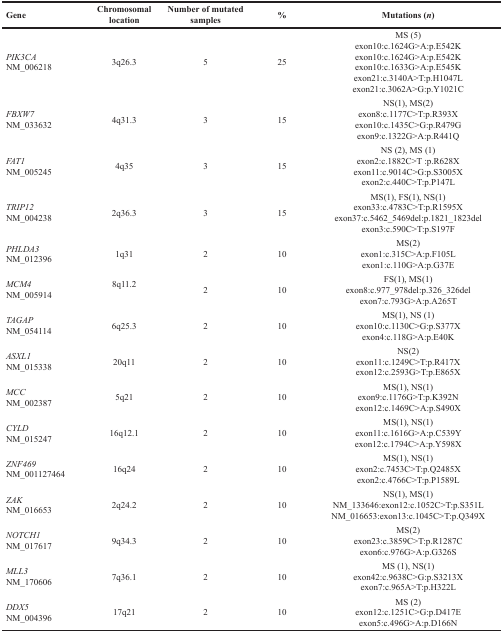
<table><thead><tr><td><b>Gene</b></td><td><b>Chromosomal location</b></td><td><b>Number of mutated samples</b></td><td><b>%</b></td><td><b>Mutations (<i>n</i>)</b></td></tr></thead><tbody><tr><td><i>PIK3CA</i>NM_006218</td><td>3q26.3</td><td>5</td><td>25</td><td>MS (5)exon10:c.1624G&gt;A:p.E542Kexon10:c.1624G&gt;A:p.E542Kexon10:c.1633G&gt;A:p.E545Kexon21:c.3140A&gt;T:p.H1047Lexon21:c.3062A&gt;G:p.Y1021C</td></tr><tr><td><i>FBXW7</i>NM_033632</td><td>4q31.3</td><td>3</td><td>15</td><td>NS(1), MS(2)exon8:c.1177C&gt;T:p.R393Xexon10:c.1435C&gt;G:p.R479Gexon9:c.1322G&gt;A:p.R441Q</td></tr><tr><td><i>FAT1</i>NM_005245</td><td>4q35</td><td>3</td><td>15</td><td>NS (2), MS (1)exon2:c.1882C&gt;T :p.R628Xexon11:c.9014C&gt;G:p.S3005Xexon2:c.440C&gt;T:p.P147L</td></tr><tr><td><i>TRIP12</i>NM_004238</td><td>2q36.3</td><td>3</td><td>15</td><td>MS(1), FS(1), NS(1)exon33:c.4783C&gt;T:p.R1595Xexon37:c.5462_5469del:p.1821_1823delexon3:c.590C&gt;T:p.S197F</td></tr><tr><td><i>PHLDA3</i>NM_012396</td><td>1q31</td><td>2</td><td>10</td><td>MS(2)exon1:c.315C&gt;A:p.F105Lexon1:c.110G&gt;A:p.G37E</td></tr><tr><td><i>MCM4</i>NM_005914</td><td>8q11.2</td><td>2</td><td>10</td><td>FS(1), MS(1)exon8:c.977_978del:p.326_326delexon7:c.793G&gt;A:p.A265T</td></tr><tr><td><i>TAGAP</i>NM_054114</td><td>6q25.3</td><td>2</td><td>10</td><td>MS(1), NS (1)exon10:c.1130C&gt;G:p.S377Xexon4:c.118G&gt;A:p.E40K</td></tr><tr><td><i>ASXL1</i>NM_015338</td><td>20q11</td><td>2</td><td>10</td><td>NS(2)exon11:c.1249C&gt;T:p.R417Xexon12:c.2593G&gt;T:p.E865X</td></tr><tr><td><i>MCC</i>NM_002387</td><td>5q21</td><td>2</td><td>10</td><td>MS(1), NS(1)exon9:c.1176G&gt;T:p.K392Nexon12:c.1469C&gt;A:p.S490X</td></tr><tr><td><i>CYLD</i>NM_015247</td><td>16q12.1</td><td>2</td><td>10</td><td>MS(1), NS(1)exon11:c.1616G&gt;A:p.C539Yexon12:c.1794C&gt;A:p.Y598X</td></tr><tr><td><i>ZNF469</i>NM_001127464</td><td>16q24</td><td>2</td><td>10</td><td>MS(1), NS(1)exon2:c.7453C&gt;T:p.Q2485Xexon2:c.4766C&gt;T:p.P1589L</td></tr><tr><td><i>ZAK</i>NM_016653</td><td>2q24.2</td><td>2</td><td>10</td><td>NS(1), MS(1)NM_133646:exon12:c.1052C&gt;T:p.S351LNM_016653:exon13:c.1045C&gt;T:p.Q349X</td></tr><tr><td><i>NOTCH1</i>NM_017617</td><td>9q34.3</td><td>2</td><td>10</td><td>MS(2)exon23:c.3859C&gt;T:p.R1287Cexon6:c.976G&gt;A:p.G326S</td></tr><tr><td><i>MLL3</i>NM_170606</td><td>7q36.1</td><td>2</td><td>10</td><td>MS (1), NS(1)exon42:c.9638C&gt;G:p.S3213Xexon7:c.965A&gt;T:p.H322L</td></tr><tr><td><i>DDX5</i>NM_004396</td><td>17q21</td><td>2</td><td>10</td><td>MS (2)exon12:c.1251C&gt;G:p.D417Eexon5:c.496G&gt;A:p.D166N</td></tr></tbody></table>